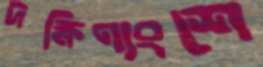
দক্ষিণাংশে